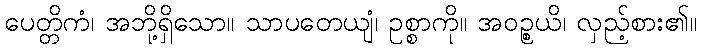
ပေတ္တိကံ၊ အဘို့ရှိသော။ သာပတေယျံ၊ ဥစ္စာကို။ အဝဉ္စယိ၊ လှည့်စား၏။